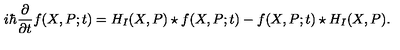
i \hbar \frac { \partial } { \partial t } f ( X , P ; t ) = H _ { I } ( X , P ) \star f ( X , P ; t ) - f ( X , P ; t ) \star H _ { I } ( X , P ) .